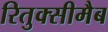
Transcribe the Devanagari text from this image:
रितुक्सीमैब